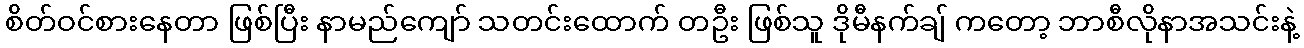
စိတ်ဝင်စားနေတာ ဖြစ်ပြီး နာမည်ကျော် သတင်းထောက် တဦး ဖြစ်သူ ဒိုမီနက်ချ် ကတော့ ဘာစီလိုနာအသင်းနဲ့